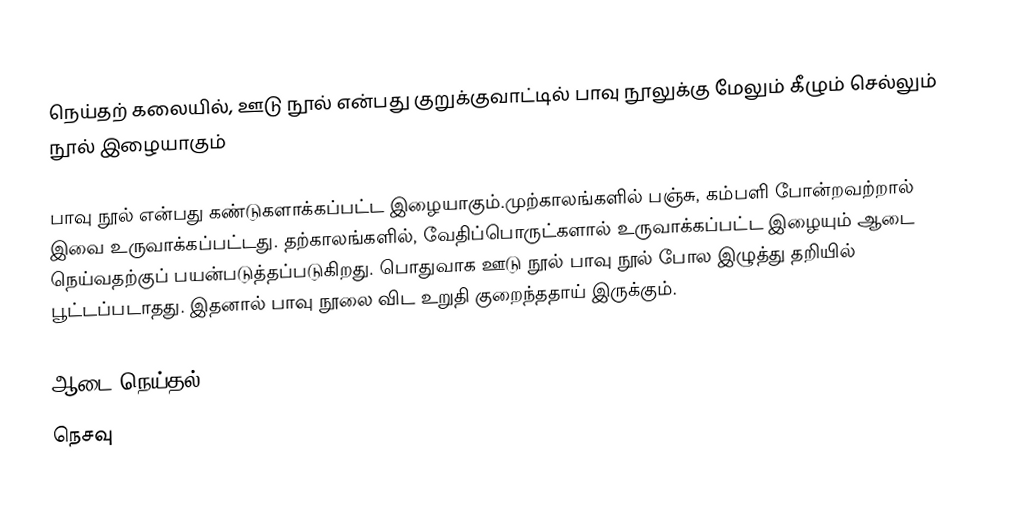
நெய்தற் கலையில், ஊடு நூல் என்பது  குறுக்குவாட்டில்  பாவு நூலுக்கு மேலும் கீழும் செல்லும்  நூல் இழையாகும்

பாவு நூல் என்பது கண்டுகளாக்கப்பட்ட இழையாகும்.முற்காலங்களில் பஞ்சு, கம்பளி போன்றவற்றால் இவை உருவாக்கப்பட்டது. தற்காலங்களில், வேதிப்பொருட்களால் உருவாக்கப்பட்ட இழையும் ஆடை நெய்வதற்குப் பயன்படுத்தப்படுகிறது. பொதுவாக ஊடு நூல் பாவு நூல் போல இழுத்து தறியில் பூட்டப்படாதது. இதனால் பாவு நூலை விட உறுதி குறைந்ததாய் இருக்கும்.

ஆடை நெய்தல்
நெசவு